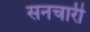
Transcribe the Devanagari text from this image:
सनचारी